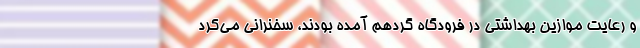
و رعایت موازین بهداشتی در فرودگاه گردهم آمده بودند، سخنرانی می‌کرد